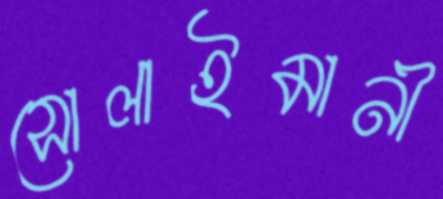
সোলাইমানী